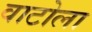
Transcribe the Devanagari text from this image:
वाटोला